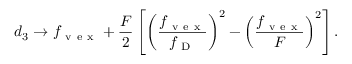
d _ { 3 } \rightarrow f _ { \mathrm { ~ v ~ e ~ x ~ } } + \frac { F } { 2 } \left[ \left( \frac { f _ { \mathrm { ~ v ~ e ~ x ~ } } } { f _ { \mathrm { ~ D ~ } } } \right) ^ { 2 } - \left( \frac { f _ { \mathrm { ~ v ~ e ~ x ~ } } } { F } \right) ^ { 2 } \right] .